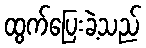
ထွက်ပြေးခဲ့သည်